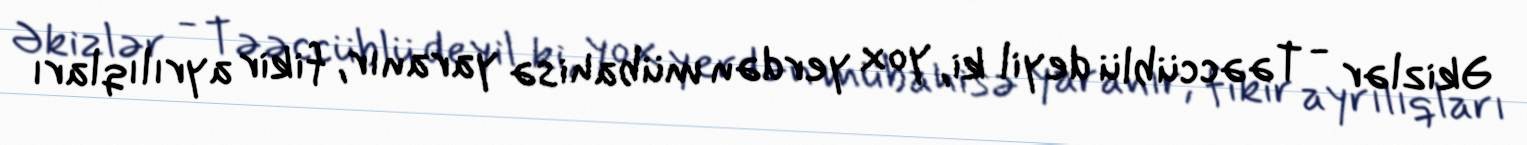
Əkizlər - Təəccüblü deyil ki, yox yerdən mübahisə yaranır, fikir ayrılıqları